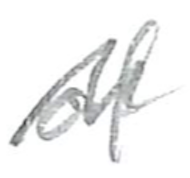
Text: of
Cross-out: zig-zag
Writing tool: pencil